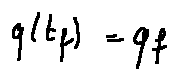
q ( t _ { f } ) = q _ { f }